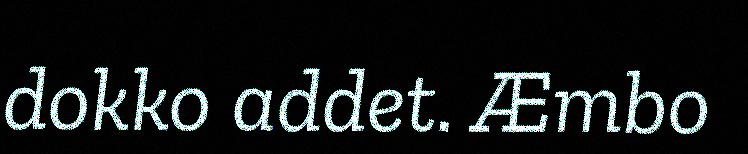
dokko addet. Æmbo